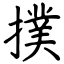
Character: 撲